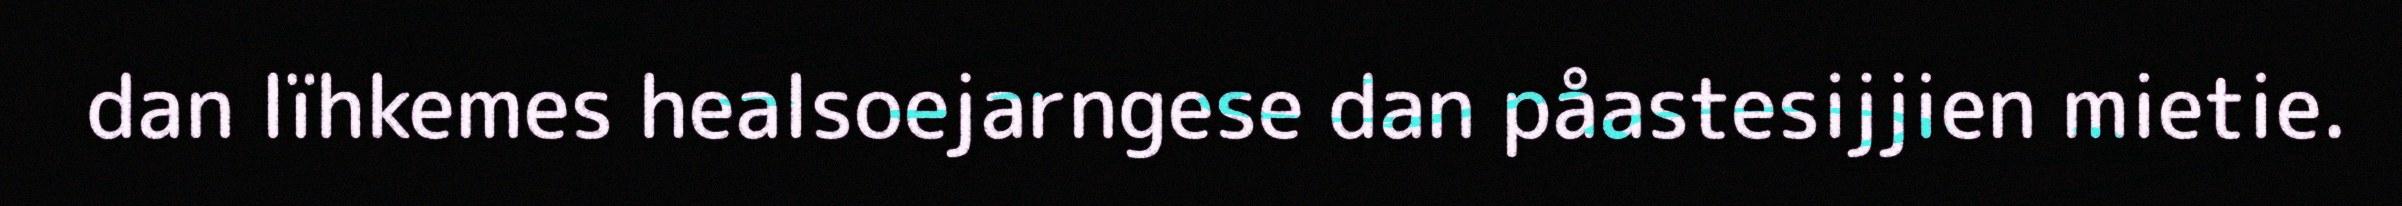
dan lïhkemes healsoejarngese dan påastesijjien mietie.